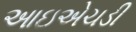
આઇએચડી